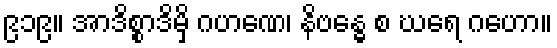
၉၁၉။ အာဒိစ္စာဒိမှိ ဂဟဏေ၊ နိဗန္ဓေ စ ဃရေ ဂဟော။